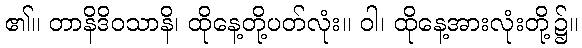
၏။ တာနိဒိဝသာနိ၊ ထိုနေ့တို့ပတ်လုံး။ ဝါ၊ ထိုနေ့အားလုံးတို့၌။